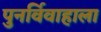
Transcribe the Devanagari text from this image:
पुनर्विवाहाला